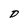
Character: D